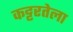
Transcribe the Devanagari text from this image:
कट्टरतेला